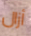
أزال